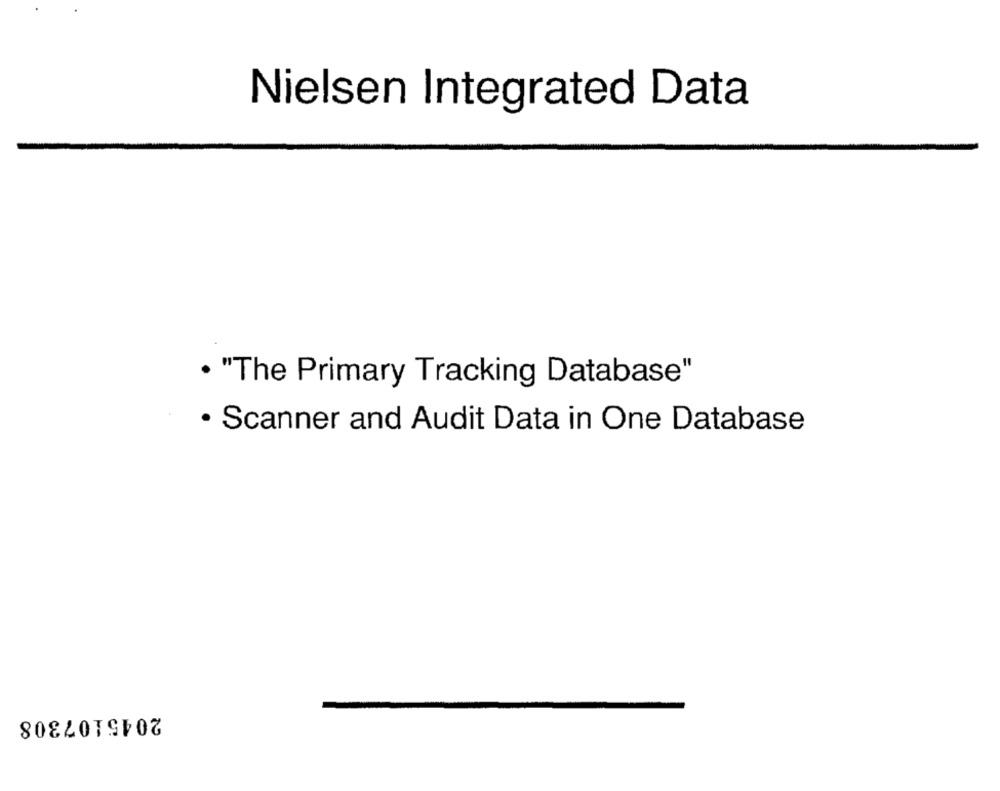
Nielsen Integrated Data
. "The Primary Tracking Database"
· Scanner and Audit Data in One Database
2045107308